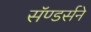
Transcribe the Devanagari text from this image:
सॅण्डर्सने